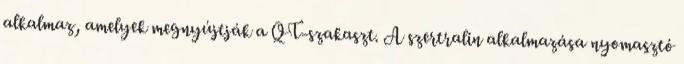
alkalmaz, amelyek megnyújtják a QT-szakaszt. A szertralin alkalmazása nyomasztó